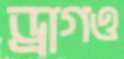
ড্রাগও